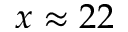
x \approx 2 2